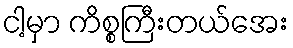
ငါ့မှာ ကိစ္စကြီးတယ်အေး